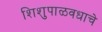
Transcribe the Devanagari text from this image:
शिशुपाळवधाचे